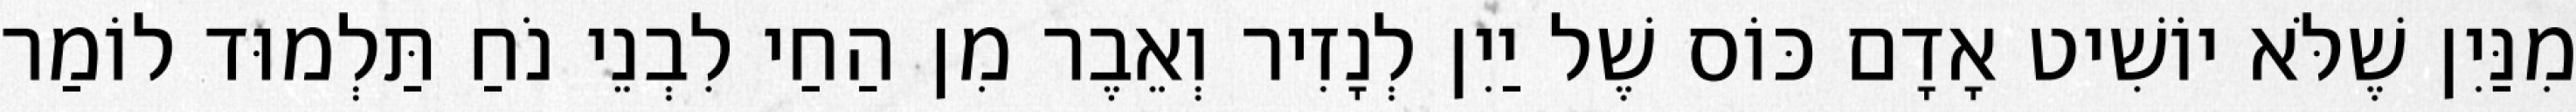
מִנַּיִן שֶׁלֹּא יוֹשִׁיט אָדָם כּוֹס שֶׁל יַיִן לְנָזִיר וְאֵבֶר מִן הַחַי לִבְנֵי נֹחַ תַּלְמוּד לוֹמַר